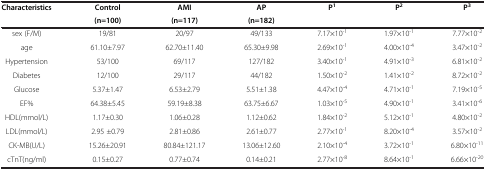
<table><thead><tr><td><b>Characteristics</b></td><td><b>Control(n=100)</b></td><td><b>AMI(n=117)</b></td><td><b>AP(n=182)</b></td><td><b>P<sup>1</sup></b></td><td><b>P<sup>2</sup></b></td><td><b>P<sup>3</sup></b></td></tr></thead><tbody><tr><td>sex (F/M)</td><td>19/81</td><td>20/97</td><td>49/133</td><td>7.17×10<sup>-1</sup></td><td>1.97×10<sup>-1</sup></td><td>7.77×10<sup>-2</sup></td></tr><tr><td>age</td><td>61.10±7.97</td><td>62.70±11.40</td><td>65.30±9.98</td><td>2.69×10<sup>-1</sup></td><td>4.00×10<sup>-4</sup></td><td>3.47×10<sup>-2</sup></td></tr><tr><td>Hypertension</td><td>53/100</td><td>69/117</td><td>127/182</td><td>3.40×10<sup>-1</sup></td><td>4.91×10<sup>-3</sup></td><td>6.81×10<sup>-2</sup></td></tr><tr><td>Diabetes</td><td>12/100</td><td>29/117</td><td>44/182</td><td>1.50×10<sup>-2</sup></td><td>1.41×10<sup>-2</sup></td><td>8.72×10<sup>-2</sup></td></tr><tr><td>Glucose</td><td>5.37±1.47</td><td>6.53±2.79</td><td>5.51±1.38</td><td>4.47×10<sup>-4</sup></td><td>4.71×10<sup>-1</sup></td><td>7.19×10<sup>-5</sup></td></tr><tr><td>EF%</td><td>64.38±5.45</td><td>59.19±8.38</td><td>63.75±6.67</td><td>1.03×10<sup>-5</sup></td><td>4.90×10<sup>-1</sup></td><td>3.41×10<sup>-6</sup></td></tr><tr><td>HDL(mmol/L)</td><td>1.17±0.30</td><td>1.06±0.28</td><td>1.12±0.62</td><td>1.84×10<sup>-2</sup></td><td>5.12×10<sup>-1</sup></td><td>4.80×10<sup>-2</sup></td></tr><tr><td>LDL(mmol/L)</td><td>2.95 ±0.79</td><td>2.81±0.86</td><td>2.61±0.77</td><td>2.77×10<sup>-1</sup></td><td>8.20×10<sup>-4</sup></td><td>3.57×10<sup>-2</sup></td></tr><tr><td>CK-MB(U/L)</td><td>15.26±20.91</td><td>80.84±121.17</td><td>13.06±12.60</td><td>2.10×10<sup>-4</sup></td><td>3.72×10<sup>-1</sup></td><td>6.80×10<sup>-11</sup></td></tr><tr><td>cTnT(ng/ml)</td><td>0.15±0.27</td><td>0.77±0.74</td><td>0.14±0.21</td><td>2.77×10<sup>-8</sup></td><td>8.64×10<sup>-1</sup></td><td>6.66×10<sup>-20</sup></td></tr></tbody></table>